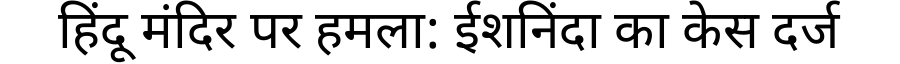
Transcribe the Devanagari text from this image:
हिंदू मंदिर पर हमला: ईशनिंदा का केस दर्ज